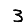
Digit: 3